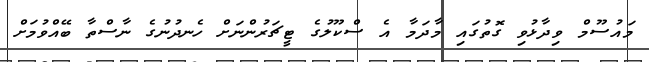
މައުސޫމް ވިދާޅުވި ގޮތުގައި މާދަމާ އެ ސްކޫލުގެ ޓީޗަރުންނަށް ހެނދުނުގެ ނާސްތާ ބޭއްވުމަށް